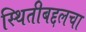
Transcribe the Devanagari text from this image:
स्थितीबद्दलचा